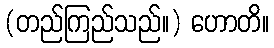
(တည်ကြည်သည်။) ဟောတိ။